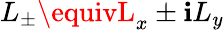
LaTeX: L_{\pm}\equivL_{x}\pm\mathbf{i}L_{y}